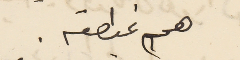
هم غبطته.